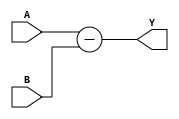
module subtractor(
    input [3:0] A,
    input [3:0] B,
    output [3:0] Y
);

wire[3:0] Cin;
wire[3:0] G, P;
wire[4:0] C;

assign Cin = 1'b1;

assign G[0] = ~A[0] & B[0];
assign P[0] = A[0] ^ B[0];
assign C[0] = Cin;

assign G[1] = G[0] & ~A[1] & B[1];
assign P[1] = P[0] | (A[1] & B[1]);
assign C[1] = G[1] | (P[1] & C[0]);

assign G[2] = G[1] & ~A[2] & B[2];
assign P[2] = P[1] | (A[2] & B[2]);
assign C[2] = G[2] | (P[2] & C[1]);

assign G[3] = G[2] & ~A[3] & B[3];
assign P[3] = P[2] | (A[3] & B[3]);
assign C[3] = G[3] | (P[3] & C[2]);

assign Y = A - B;

endmodule